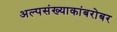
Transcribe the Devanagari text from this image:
अल्पसंख्याकांबरोबर